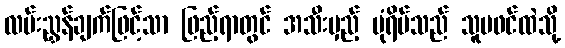
လမ်းညွှန်ချက်ဖြင့်သာ ဖြည့်ရာတွင် အသီးမှည့် ပုံရိပ်သည် သူမဖင်ထဲသို့